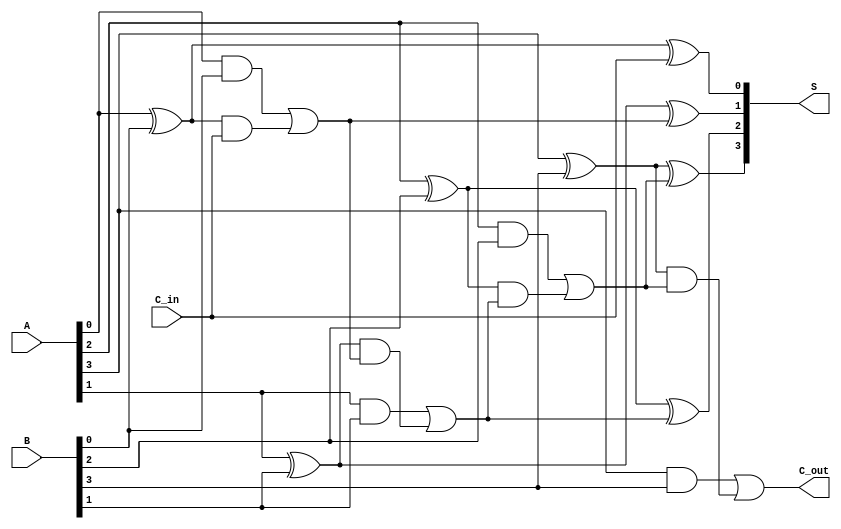
module parallel_full_adder #(parameter n = 4) (
    input  [n-1:0] A,        // n-bit input A
    input  [n-1:0] B,        // n-bit input B
    input         C_in,      // Carry input for LSB
    output [n-1:0] S,        // n-bit sum output
    output        C_out      // Carry output
);

    wire [n:0] C; // Carry wires, with C[n] as the final carry out

    // Generate full adders for each bit
    genvar i;
    generate
        for (i = 0; i < n; i = i + 1) begin : full_adder
            if (i == 0) begin
                // For the LSB, use C_in as the carry input
                assign S[i] = A[i] ^ B[i] ^ C_in;
                assign C[i+1] = (A[i] & B[i]) | ((A[i] ^ B[i]) & C_in);
            end else begin
                // For other bits, use the carry from the previous full adder
                assign S[i] = A[i] ^ B[i] ^ C[i];
                assign C[i+1] = (A[i] & B[i]) | ((A[i] ^ B[i]) & C[i]);
            end
        end
    endgenerate

    // Final carry output
    assign C_out = C[n];

endmodule